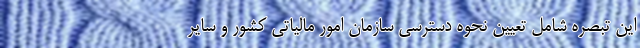
این تبصره شامل تعیین نحوه دسترسی سازمان امور مالیاتی کشور و سایر